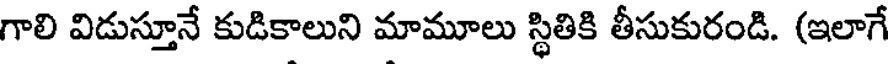
గాలి విడుస్తూనే కుడికాలుని మామూలు స్థితికి తీసుకురండి. (ఇలాగే